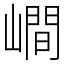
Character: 𡼏